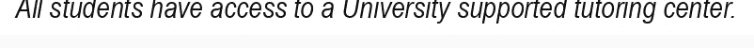
All students have access to a University supported tutoring center.